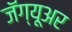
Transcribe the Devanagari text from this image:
जॅग्यूअर